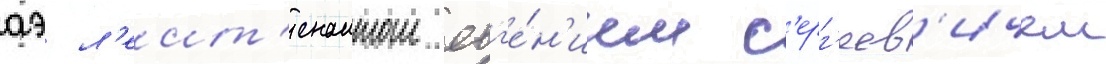
аэ л'еит'енантом евг'е́н'ием с'ерг'еев'ичем